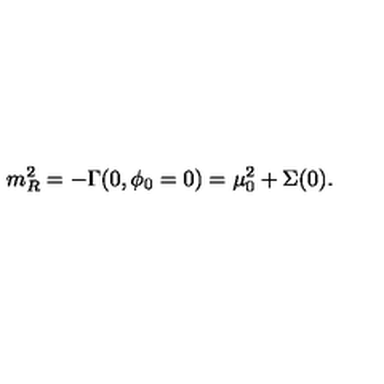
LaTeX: m _ { R } ^ { 2 } = - \Gamma ( 0 , \phi _ { 0 } = 0 ) = \mu _ { 0 } ^ { 2 } + \Sigma ( 0 ) .